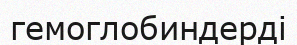
гемоглобиндерді